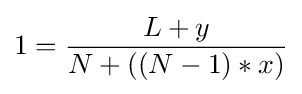
1={\frac {L+y}{N+((N-1)*x)}}